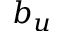
b _ { u }